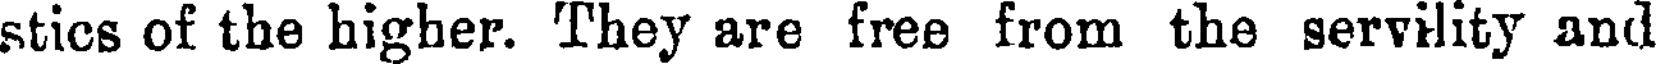
stics of the higher. They are free from the servility and